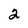
Character: 2